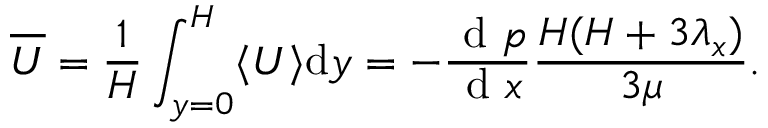
\overline { { U } } = \frac { 1 } { H } \int _ { y = 0 } ^ { H } \langle U \rangle \mathrm { d } y = - \frac { \mathrm { ~ d ~ } p } { \mathrm { ~ d ~ } x } \frac { H ( H + 3 \lambda _ { x } ) } { 3 \mu } .